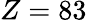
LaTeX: Z=83